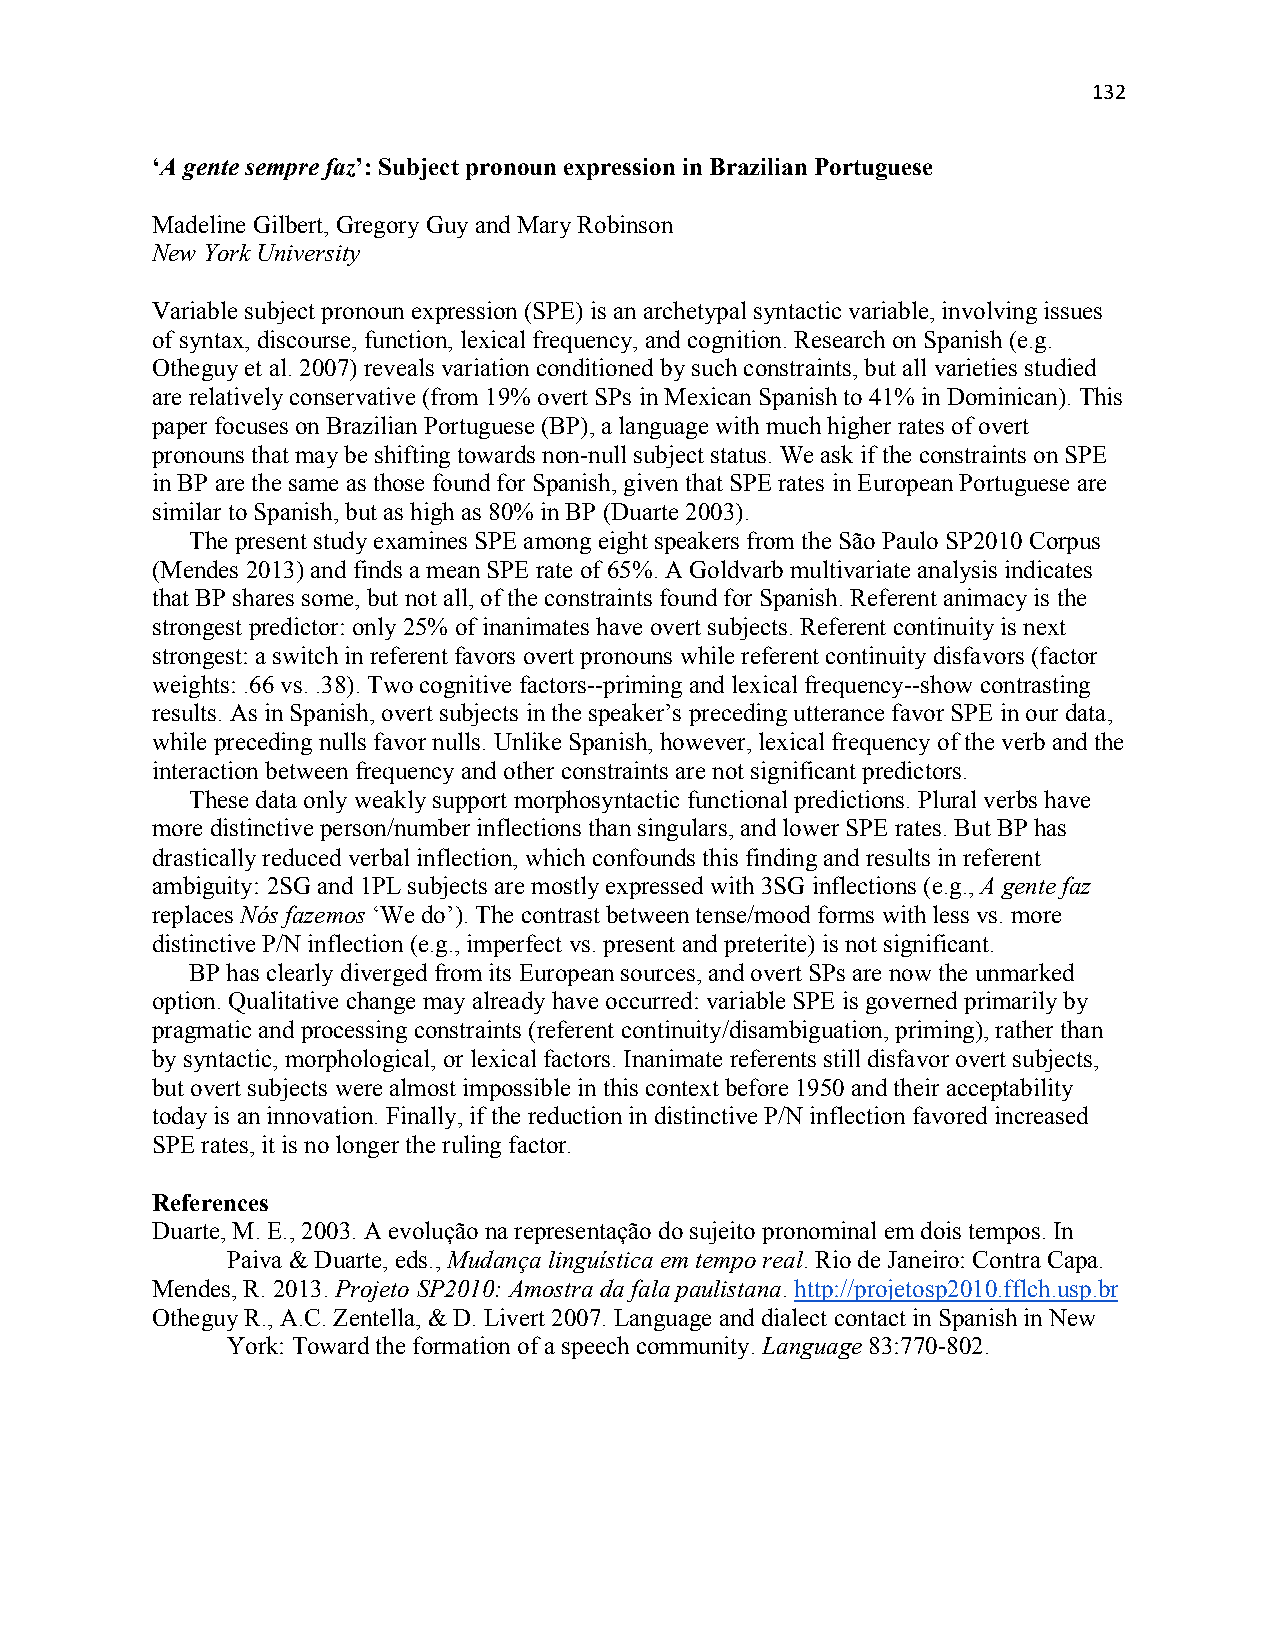
132
 ‘A gente sempre faz’: Subject pronoun expression in Brazilian Portuguese
 Madeline Gilbert, Gregory Guy and Mary Robinson
 New York University
 Variable subject pronoun expression (SPE) is an archetypal syntactic variable, involving issues
 of syntax, discourse, function, lexical frequency, and cognition. Research on Spanish (e.g.
 Otheguy et al. 2007) reveals variation conditioned by such constraints, but all varieties studied
 are relatively conservative (from 19% overt SPs in Mexican Spanish to 41% in Dominican). This
 paper focuses on Brazilian Portuguese (BP), a language with much higher rates of overt
 pronouns that may be shifting towards non-null subject status. We ask if the constraints on SPE
 in BP are the same as those found for Spanish, given that SPE rates in European Portuguese are
 similar to Spanish, but as high as 80% in BP (Duarte 2003).
 The present study examines SPE among eight speakers from the São Paulo SP2010 Corpus
 (Mendes 2013) and finds a mean SPE rate of 65%. A Goldvarb multivariate analysis indicates
 that BP shares some, but not all, of the constraints found for Spanish. Referent animacy is the
 strongest predictor: only 25% of inanimates have overt subjects. Referent continuity is next
 strongest: a switch in referent favors overt pronouns while referent continuity disfavors (factor
 weights: .66 vs. .38). Two cognitive factors--priming and lexical frequency--show contrasting
 results. As in Spanish, overt subjects in the speaker’s preceding utterance favor SPE in our data,
 while preceding nulls favor nulls. Unlike Spanish, however, lexical frequency of the verb and the
 interaction between frequency and other constraints are not significant predictors.
 These data only weakly support morphosyntactic functional predictions. Plural verbs have
 more distinctive person/number inflections than singulars, and lower SPE rates. But BP has
 drastically reduced verbal inflection, which confounds this finding and results in referent
 ambiguity: 2SG and 1PL subjects are mostly expressed with 3SG inflections (e.g., A gente faz
 replaces Nós fazemos ‘We do’). The contrast between tense/mood forms with less vs. more
 distinctive P/N inflection (e.g., imperfect vs. present and preterite) is not significant.
 BP has clearly diverged from its European sources, and overt SPs are now the unmarked
 option. Qualitative change may already have occurred: variable SPE is governed primarily by
 pragmatic and processing constraints (referent continuity/disambiguation, priming), rather than
 by syntactic, morphological, or lexical factors. Inanimate referents still disfavor overt subjects,
 but overt subjects were almost impossible in this context before 1950 and their acceptability
 today is an innovation. Finally, if the reduction in distinctive P/N inflection favored increased
 SPE rates, it is no longer the ruling factor.
 References
 Duarte, M. E., 2003. A evolução na representação do sujeito pronominal em dois tempos. In
 Paiva & Duarte, eds., Mudança linguística em tempo real. Rio de Janeiro: Contra Capa.
 Mendes, R. 2013. Projeto SP2010: Amostra da fala paulistana. http://projetosp2010.fflch.usp.br
 Otheguy R., A.C. Zentella, & D. Livert 2007. Language and dialect contact in Spanish in New
 York: Toward the formation of a speech community. Language 83:770-802.